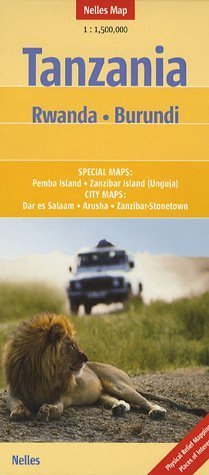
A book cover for Tanzania - Rwanda - Burundi Map by Nelles (Nelles Map) (English, French and German Edition); Nelles Verlag; Travel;